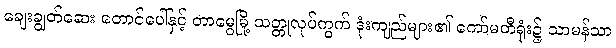
ချေးချွတ်ဆေး တောင်ပေါ်နှင့် တာမွေမြို့ သတ္တုလုပ်ကွက် ဒုံးကျည်များ၏ ကော်မတီရုံး၌ သာမန်သာ